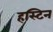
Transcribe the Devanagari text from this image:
हस्टिन